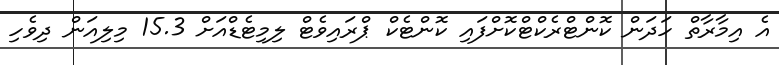
އެ އިމާރާތް ހަދަން ކޮންޓްރެކްޓްކޮށްފައި ކޮންޓެކް ޕްރައިވެޓް ލިމިޓެޑްއަށް 15.3 މިލިއަން ދިވެހި